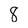
Character: 8